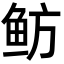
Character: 鲂